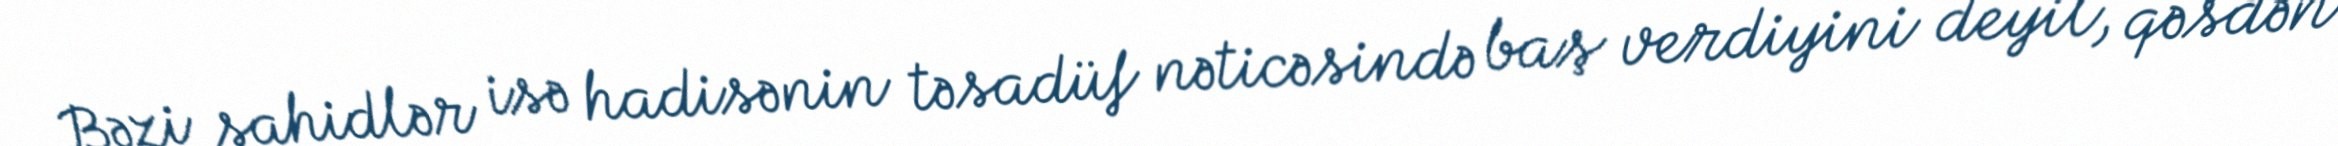
Bəzi şahidlər isə hadisənin təsadüf nəticəsində baş verdiyini deyil, qəsdən